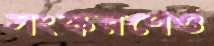
সংস্করণেও